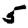
Digit: 5